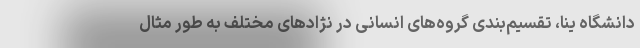
دانشگاه ینا، تقسیم‌بندی گروه‌های انسانی در نژادهای مختلف به طور مثال